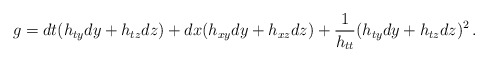
\begin{align*}g=dt(h_{ty}dy + h_{tz}dz) + dx(h_{xy}dy+ h_{xz}dz) + {1\over h_{tt}}(h_{ty}dy+h_{tz}dz)^2\,.\end{align*}